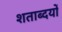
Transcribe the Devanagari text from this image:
शताब्दयों